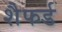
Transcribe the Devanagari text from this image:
शैफर्ड